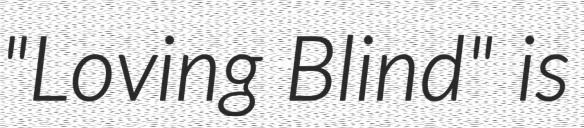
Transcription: "Loving Blind" is